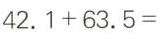
42.1+63.5=